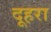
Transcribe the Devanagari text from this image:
दूहरा